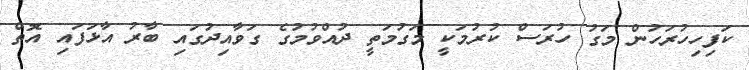
ކަފިހިހުރަހުން މަގު ހުރަސް ކުރުމަކީ މަގުމަތީ ދުއްވުމުގެ ގަވާއިދުގައި ބާރު އާޅަފައި އޮތް